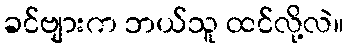
ခင်ဗျားက ဘယ်သူ ထင်လို့လဲ။